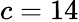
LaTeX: c=14